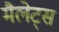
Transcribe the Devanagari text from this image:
मैलेट्स